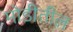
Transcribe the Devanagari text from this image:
मोडीतील